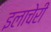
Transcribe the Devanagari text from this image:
इलाचेरी